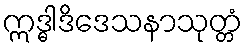
ဣဒ္ဓါဒိဒေသနာသုတ္တံ